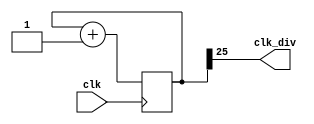
module clock_divider(clk,clk_div);
    parameter n=26;
    input clk;
    output clk_div;

    reg [n-1:0] num;
    wire [n-1:0] nextnum;
    always@(posedge clk)
        begin
            num=nextnum;
        end
    assign nextnum=num+1;
    assign clk_div = num[n-1];
endmodule